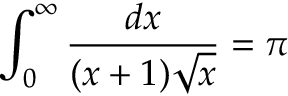
\int _ { 0 } ^ { \infty } { \frac { d x } { ( x + 1 ) { \sqrt { x } } } } = \pi